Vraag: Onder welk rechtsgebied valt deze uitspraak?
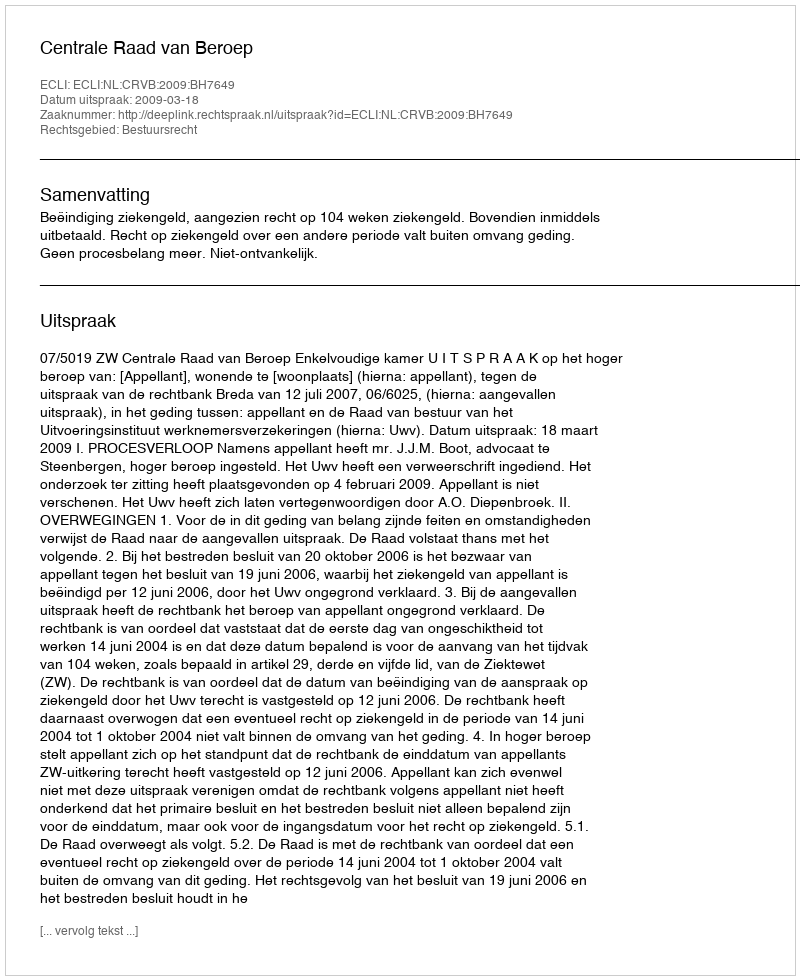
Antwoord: Bestuursrecht